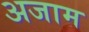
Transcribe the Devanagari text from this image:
अजाम